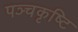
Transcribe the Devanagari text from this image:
पञ्चकृष्टि